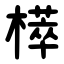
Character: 㯜